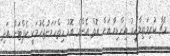
މެޗާ ކުރިމަތިލާއިރު އިންޑިއާ އަށް އޮތް އެންމެ ބޮޑު ހިތްހަމަނުޖެހުމަކީ ކެޕްޓަން އަދި